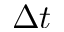
\Delta t